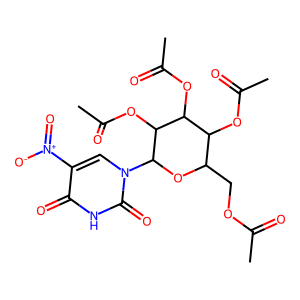
SMILES: CC(=O)OCC1OC(n2cc([N+](=O)[O-])c(=O)[nH]c2=O)C(OC(C)=O)C(OC(C)=O)C1OC(C)=O
Inhibits HIV replication: No